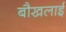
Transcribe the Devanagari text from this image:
बौखलाई